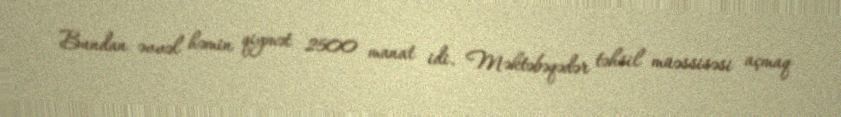
Bundan əvvəl həmin qiymət 2500 manat idi. Məktəbəqədər təhsil müəssisəsi açmaq